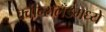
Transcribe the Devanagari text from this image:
क्वीन्सलँडमध्ये